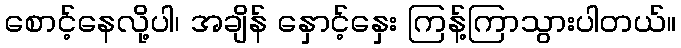
စောင့်နေလို့ပါ၊ အချိန် နှောင့်နှေး ကြန့်ကြာသွားပါတယ်။